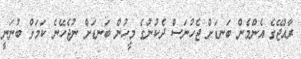
ރާއްޖޭގެ އެންމެން ބަނޑަށް ޖެހުނަސް ދެކުނުގެ މީހުން ބަނޑަށް ނުޖެހޭނެ ކަމަށް ބުނަނީ